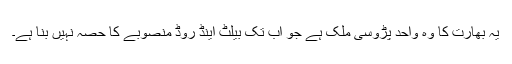
یہ بھارت کا وہ واحد پڑوسی ملک ہے جو اب تک بیلٹ اینڈ روڈ منصوبے کا حصہ نہیں بنا ہے۔